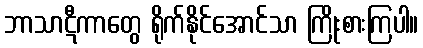
ဘာသာဋီကာတွေ ရိုက်နိုင်အောင်သာ ကြိုးစားကြပါ။